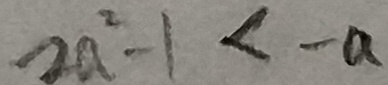
2 a ^ { 2 } - 1 < - a